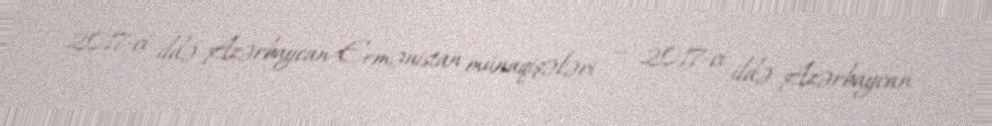
2017-ci ildə Azərbaycan-Ermənistan münaqişələri — 2017-ci ildə Azərbaycan